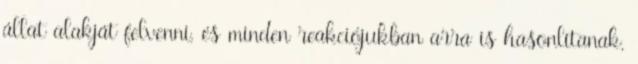
állat alakját felvenni, és minden reakciójukban arra is hasonlítanak,